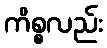
ကိစ္စလည်း